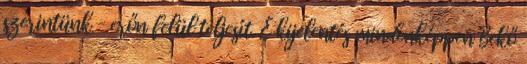
szerintünk – erőn felül teljesít. E kijelentés mindenképpen Bekő